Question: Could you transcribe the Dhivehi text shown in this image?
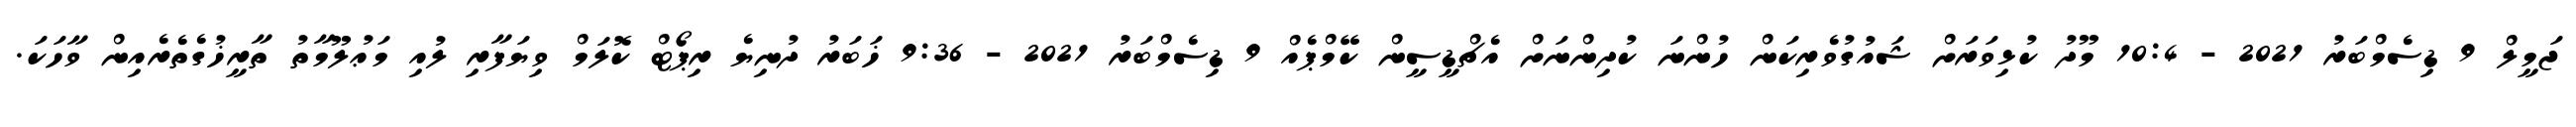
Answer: ޖަމީލް 9 ޑިސެމްބަރު 2021 - 10:4 މޫދު ކުޅިވަރަށް ޝައުގުވެރިކަން ހުންނަ ކުދިންނަށް އެޗްޑީސީން ކޭމްޕެއް 9 ޑިސެމްބަރު 2021 - 9:36 ޚަބަރު ދުނިޔެ ރިޕޯޓް ކޮލަމް ވިޔަފާރި ލުއި މަޢުލޫމާތު ތާރީޚުގެތެރެއިން ވާހަކަ.